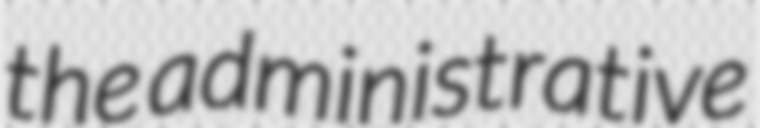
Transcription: the administrative